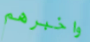
واخبرهم